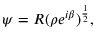
\psi = R ( \rho e ^ { i \beta } ) ^ { \frac { 1 } { 2 } } ,